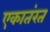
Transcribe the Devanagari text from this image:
एकातंरत